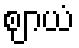
ဈာယံ